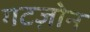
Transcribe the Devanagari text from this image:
गटज़ोन